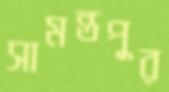
সামন্তপুর